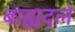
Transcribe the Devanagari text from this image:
बाह्यदलें